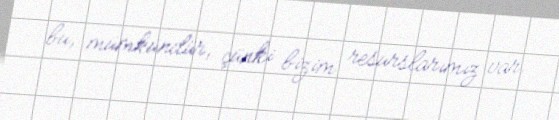
bu, mümkündür, çünki bizim resurslarımız var.